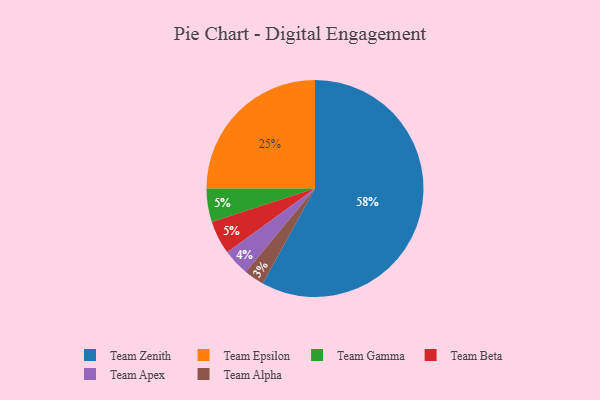
{"axis": {"x": "Category", "y": "Percentage"}, "legend": ["Team Alpha", "Team Apex", "Team Beta", "Team Epsilon", "Team Gamma", "Team Zenith"], "data": [{"x": "Team Alpha", "y": 3, "type": "Team Alpha"}, {"x": "Team Epsilon", "y": 25, "type": "Team Epsilon"}, {"x": "Team Zenith", "y": 58, "type": "Team Zenith"}, {"x": "Team Apex", "y": 4, "type": "Team Apex"}, {"x": "Team Gamma", "y": 5, "type": "Team Gamma"}, {"x": "Team Beta", "y": 5, "type": "Team Beta"}]}